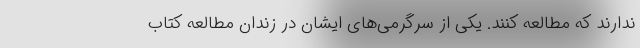
ندارند که مطالعه کنند. یکی از سرگرمی‌های ایشان در زندان مطالعه کتاب